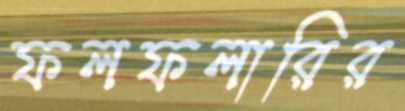
ফলফলারির